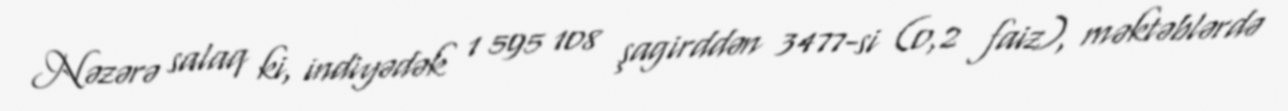
Nəzərə salaq ki, indiyədək 1 595 108 şagirddən 3477-si (0,2 faiz), məktəblərdə